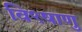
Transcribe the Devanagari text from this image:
वि९षाणु